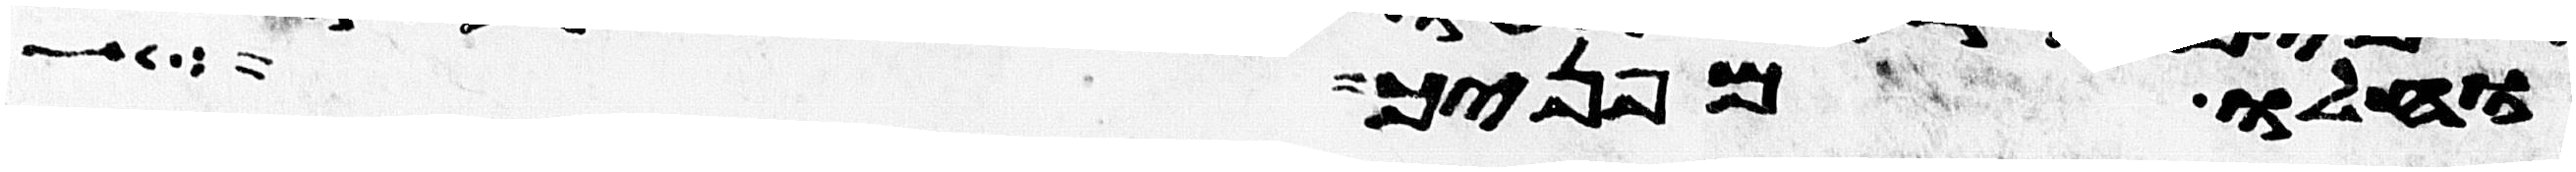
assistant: וחלו מפניך